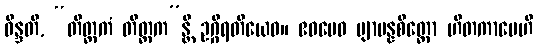
ဝိန္ဒတိ, “တိတ္တကံ တိတ္တက”န္တိ ဥဂ္ဂိရတိယေဝ။ ဧဝမေဝ ဗျာပန္နစိတ္တော ဟိတကာမေဟိ